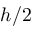
h / 2